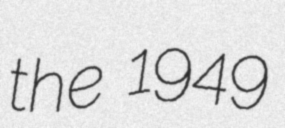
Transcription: the 1949